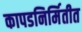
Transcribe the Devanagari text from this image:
कापडनिर्मितीत